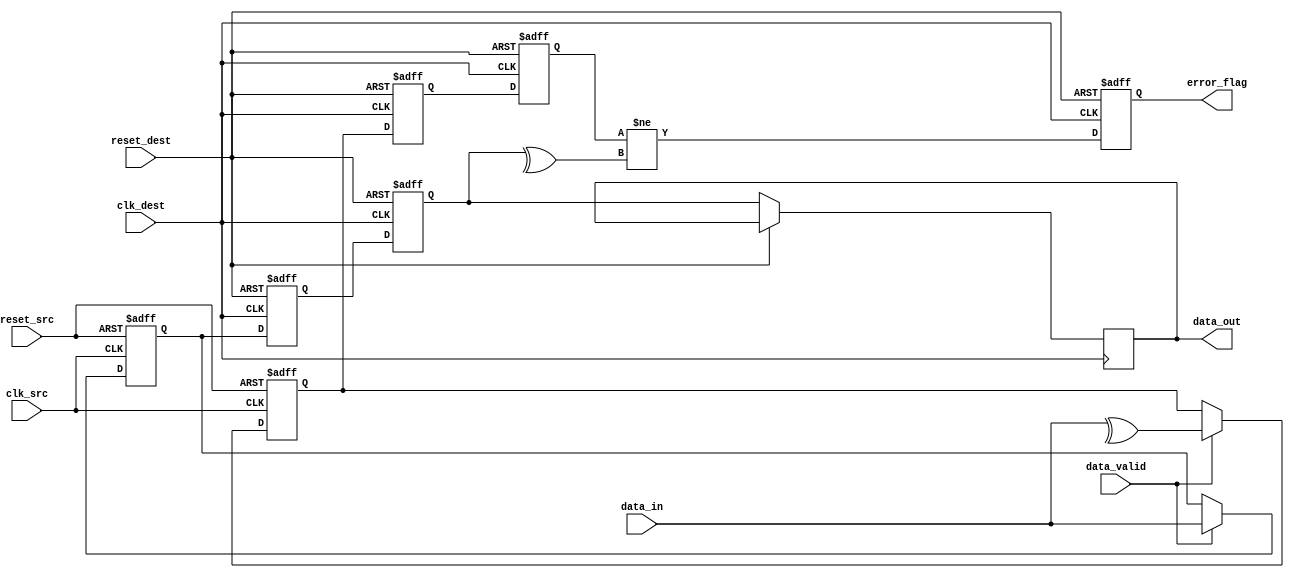
module cdc_memory_blocks (
    input wire clk_src,          // Source clock
    input wire clk_dest,         // Destination clock
    input wire reset_src,        // Asynchronous reset for source domain
    input wire reset_dest,       // Asynchronous reset for destination domain
    input wire [7:0] data_in,    // Data input from source domain
    input wire data_valid,        // Valid signal for data input
    output reg [7:0] data_out,    // Data output to destination domain
    output reg error_flag         // Error flag for parity check
);

    // Internal signals
    reg [7:0] data_reg;          // Registered data in source domain
    reg parity_bit;              // Parity bit in source domain
    reg [7:0] data_sync1;        // First stage of synchronization
    reg [7:0] data_sync2;        // Second stage of synchronization
    reg parity_sync1;            // First stage of parity synchronization
    reg parity_sync2;            // Second stage of parity synchronization

    // Generate parity bit in source clock domain
    always @(posedge clk_src or posedge reset_src) begin
        if (reset_src) begin
            data_reg <= 8'b0;
            parity_bit <= 1'b0;
        end else if (data_valid) begin
            data_reg <= data_in;
            parity_bit <= ^data_in; // Even parity
        end
    end

    // Synchronize data and parity to destination clock domain
    always @(posedge clk_dest or posedge reset_dest) begin
        if (reset_dest) begin
            data_sync1 <= 8'b0;
            data_sync2 <= 8'b0;
            parity_sync1 <= 1'b0;
            parity_sync2 <= 1'b0;
            error_flag <= 1'b0;
        end else begin
            // First stage of synchronization
            data_sync1 <= data_reg;
            parity_sync1 <= parity_bit;

            // Second stage of synchronization
            data_sync2 <= data_sync1;
            parity_sync2 <= parity_sync1;

            // Check for errors
            data_out <= data_sync2;
            error_flag <= (parity_sync2 != ^data_sync2); // Check parity
        end
    end

endmodule